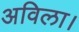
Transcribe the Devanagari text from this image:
अविला।